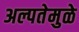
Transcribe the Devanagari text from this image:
अल्पतेमुळे